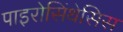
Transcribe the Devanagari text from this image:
पाइरोसिंथेसिस